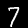
Digit: 7